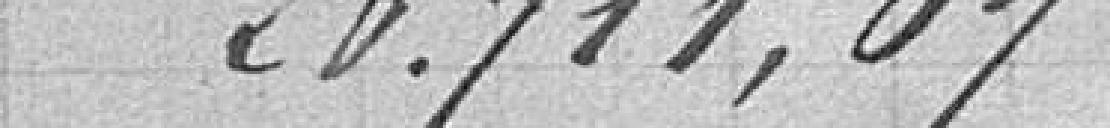
26.711,07